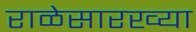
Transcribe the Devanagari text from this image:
राळेसारख्या